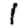
Digit: 1